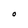
Character: O